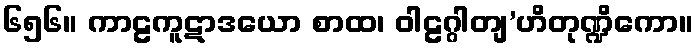
၆၅၆။ ကာဠကူဋာဒယော စာထ၊ ဝါဠဂ္ဂါတျ’ဟိတုဏ္ဍိကော။